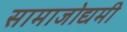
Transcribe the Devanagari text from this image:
सामाजोद्यमी